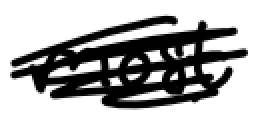
Text: most
Cross-out: scratch
Writing tool: digital_black